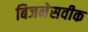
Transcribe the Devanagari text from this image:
बिजनेसवीक